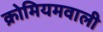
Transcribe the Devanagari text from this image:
क्रोमियमवाली